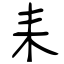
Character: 耒